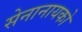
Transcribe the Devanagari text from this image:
सेनानायको